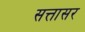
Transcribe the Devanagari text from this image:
सत्तासर